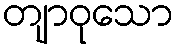
တျာဝုသော